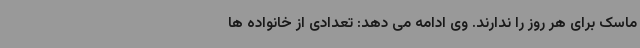
ماسک برای هر روز را ندارند. وی ادامه می دهد: تعدادی از خانواده ها